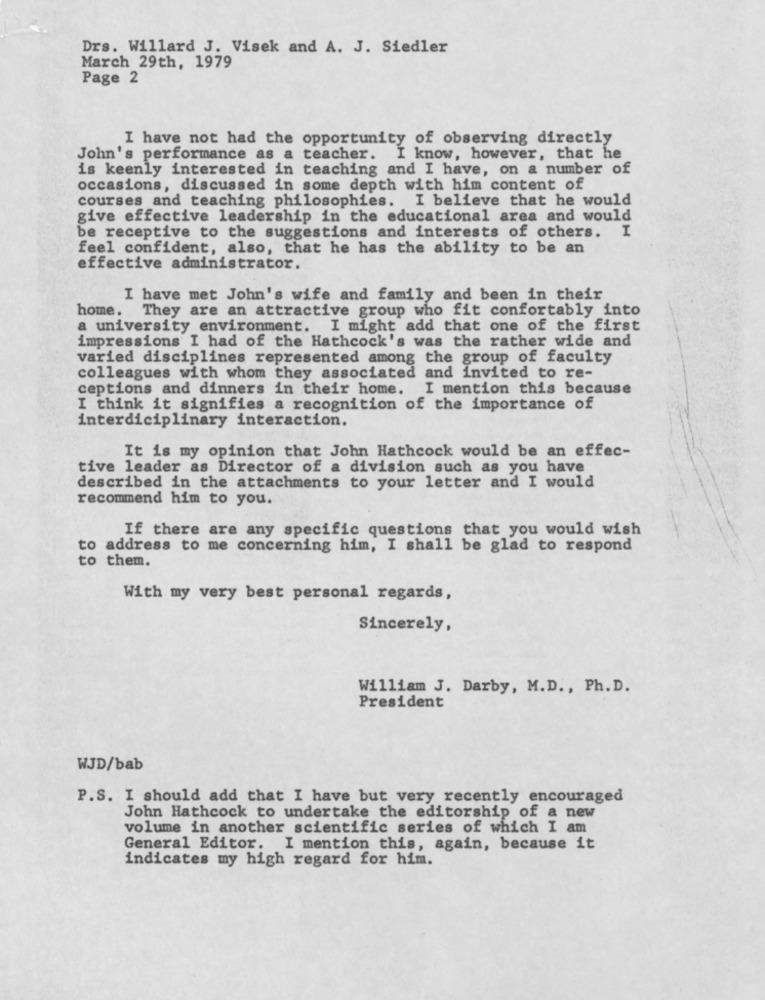
Drs. Willard J. Visek and A. J. Siedler
March 29th, 1979
Page 2
I have not had the opportunity of observing directly
John's performance as a teacher. I know, however, that he
is keenly interested in teaching and I have, on a number of
occasions, discussed in some depth with him content of
courses and teaching philosophies. I believe that he would
give effective leadership in the educational area and would
I
be receptive to the suggestions and interests of others.
feel confident, also, that he has the ability to be an
effective administrator.
I have met John's wife and family and been in their
home. They are an attractive group who fit confortably into
a university environment. I might add that one of the first
impressions I had of the Hathcock's was the rather wide and
varied disciplines represented among the group of faculty
colleagues with whom they associated and invited to re-
ceptions and dinners in their home. I mention this because
I think it signifies a recognition of the importance of
interdiciplinary interaction.
It is my opinion that John Hathcock would be an effec-
tive leader as Director of a division such as you have
described in the attachments to your letter and I would
recommend him to you.
If there are any specific questions that you would wish
to address to me concerning him, I shall be glad to respond
to them.
With my very best personal regards,
Sincerely,
William J. Darby, M.D ., Ph. D.
President
WJD/bab
P.S. I should add that I have but very recently encouraged
John Hathcock to undertake the editorship of a new
volume in another scientific series of which I am
General Editor. I mention this, again, because it
indicates my high regard for him.